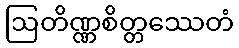
ဩတိဏ္ဏစိတ္တဿေတံ